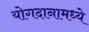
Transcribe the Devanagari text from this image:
योगदानामध्ये